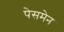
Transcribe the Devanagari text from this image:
पेसमेन